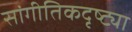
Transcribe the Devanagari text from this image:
सांगीतिकदृष्ट्या